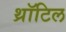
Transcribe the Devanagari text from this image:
थ्रॉटिल